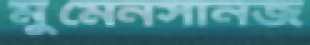
মুমেনসানজ